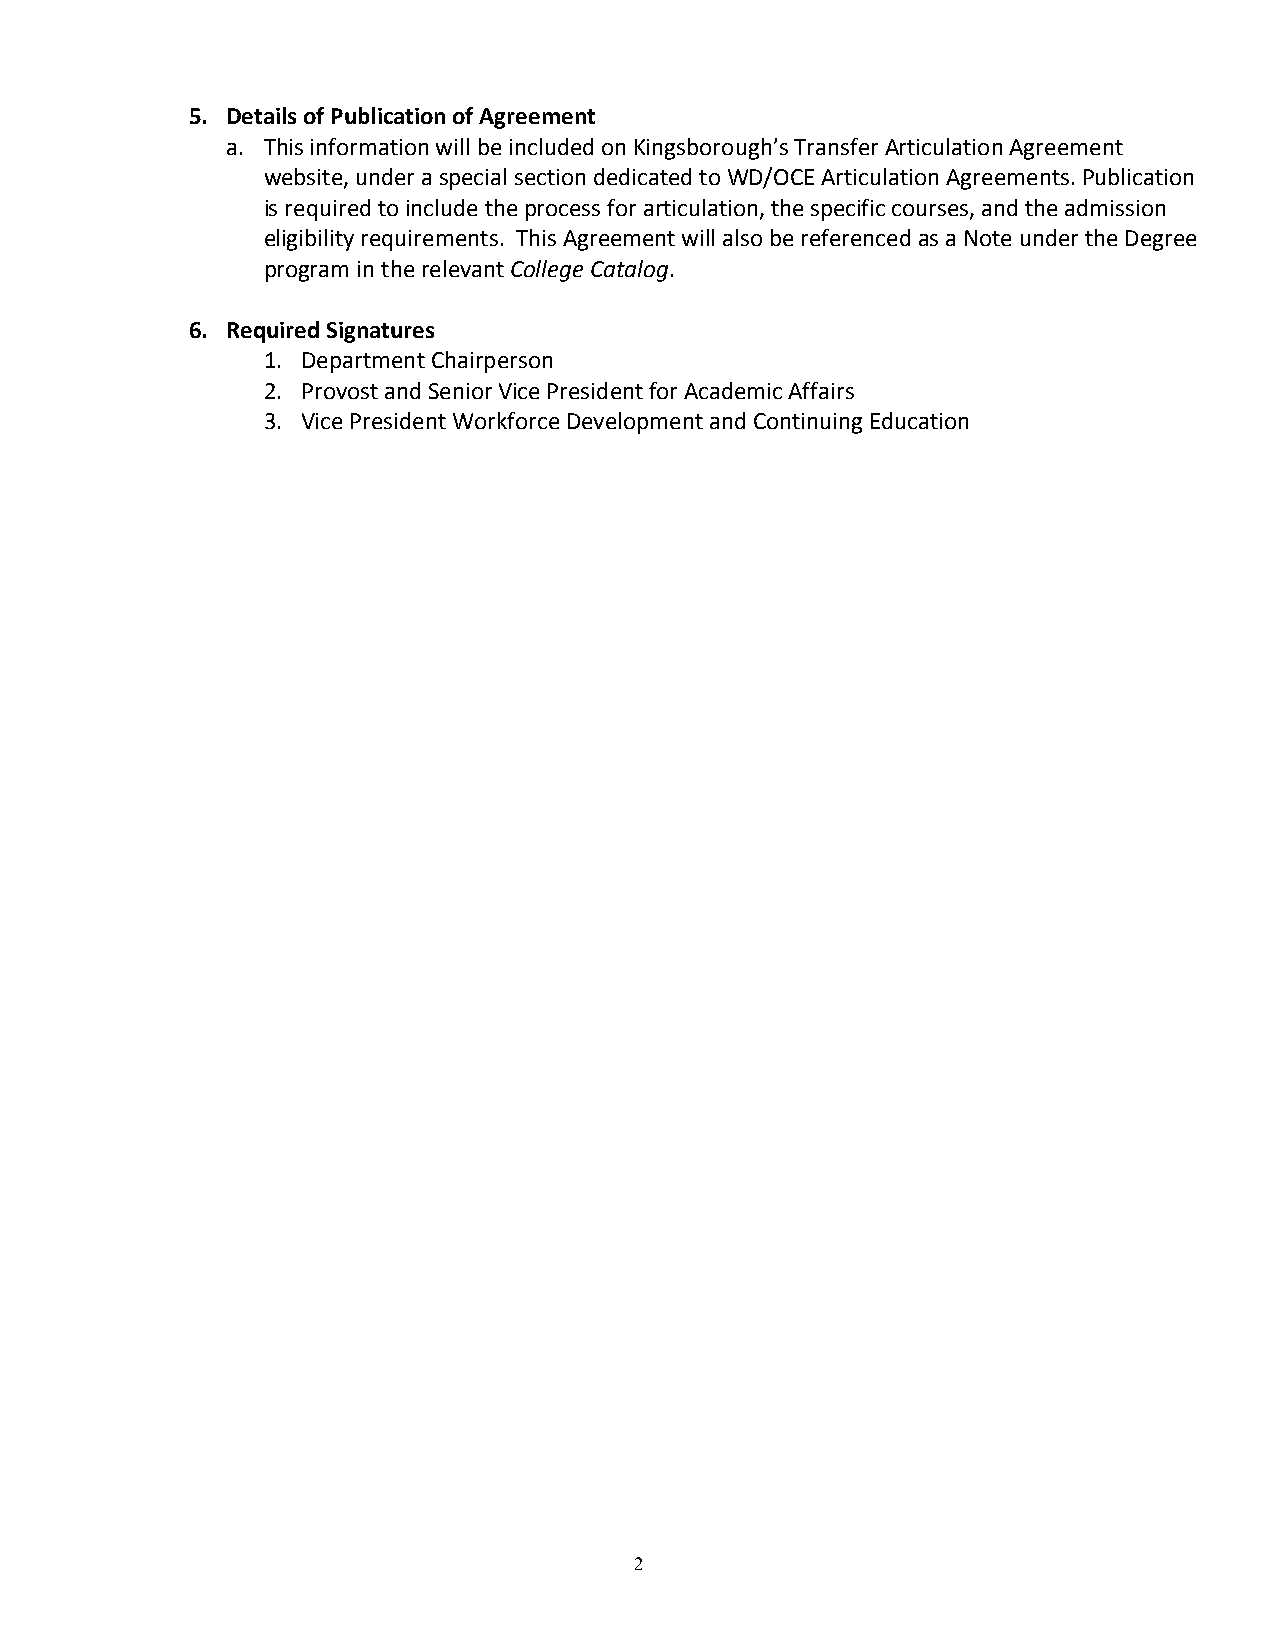
5. Details of Publication of Agreement
 a. This information will be included on Kingsborough’s Transfer Articulation Agreement
 website, under a special section dedicated to WD/OCE Articulation Agreements. Publication
 is required to include the process for articulation, the specific courses, and the admission
 eligibility requirements. This Agreement will also be referenced as a Note under the Degree
 program in the relevant College Catalog.
 6. Required Signatures
 1. Department Chairperson
 2. Provost and Senior Vice President for Academic Affairs
 3. Vice President Workforce Development and Continuing Education
 2